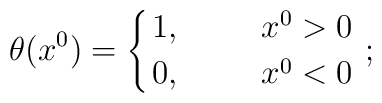
\theta (x^{0}) = \left\{ 1, \hskip 1cm x^{0} > 0 \atop{0, \hskip 1cm x^{0} < 0} \right. ;